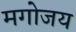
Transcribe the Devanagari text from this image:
मगोजय